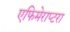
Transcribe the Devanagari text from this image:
एफिमेराप्टरा